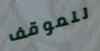
للموقف